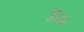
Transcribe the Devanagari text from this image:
चुअंग